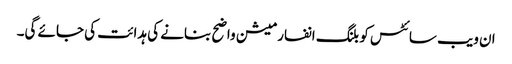
ان ویب سائٹس کو بلنگ انفارمیشن واضح بنانے کی ہدائت کی جائے گی۔